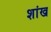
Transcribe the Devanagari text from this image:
शांख